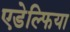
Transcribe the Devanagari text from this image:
एडेल्फिया